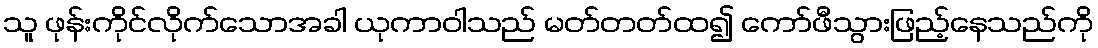
သူ ဖုန်းကိုင်လိုက်သောအခါ ယုကာဝါသည် မတ်တတ်ထ၍ ကော်ဖီသွားဖြည့်နေသည်ကို